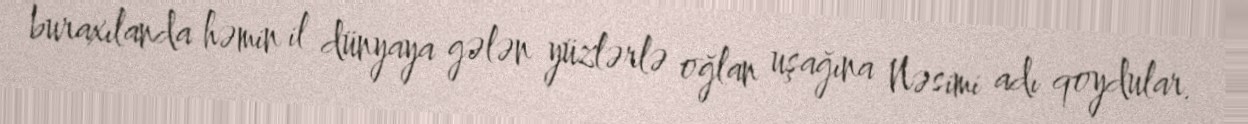
buraxılanda həmin il dünyaya gələn yüzlərlə oğlan uşağına Nəsimi adı qoydular.